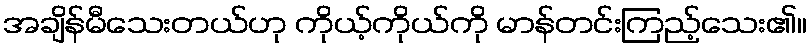
အချိန်မီသေးတယ်ဟု ကိုယ့်ကိုယ်ကို မာန်တင်းကြည့်သေး၏။